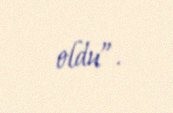
oldu”.